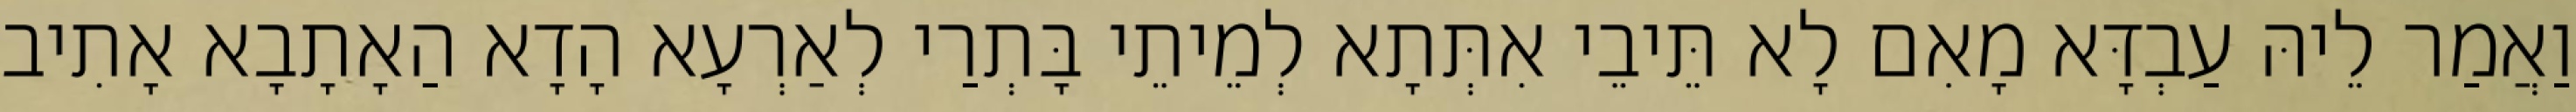
וַאֲמַר לֵיהּ עַבְדָּא מָאִם לָא תֵּיבֵי אִתְּתָא לְמֵיתֵי בָּתְרַי לְאַרְעָא הָדָא הַאָתָבָא אָתִיב